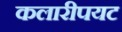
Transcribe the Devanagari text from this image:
कलारीपयट